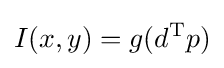
I(x,y)=g(d^{\text{T}}p)